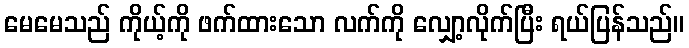
မေမေသည် ကိုယ့်ကို ဖက်ထားသော လက်ကို လျှော့လိုက်ပြီး ရယ်ပြန်သည်။